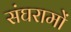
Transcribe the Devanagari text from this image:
संघरामों